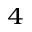
^ 4